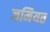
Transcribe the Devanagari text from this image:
जमियत